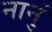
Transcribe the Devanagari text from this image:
नानुं